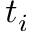
t _ { i }